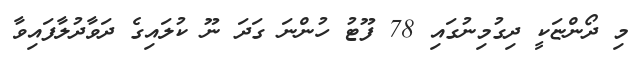
މި ދޯންޏަކީ ދިގުމިނުގައި 78 ފޫޓު ހުންނަ ގަދަ ނޫ ކުލައިގެ ދަވާދުލާފައިވާ